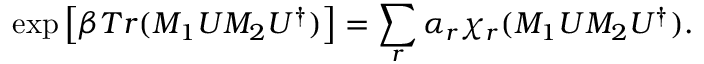
\exp \left[ \beta T r ( M _ { 1 } U M _ { 2 } U ^ { \dagger } ) \right] = \sum _ { r } \alpha _ { r } \chi _ { r } ( M _ { 1 } U M _ { 2 } U ^ { \dagger } ) .